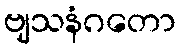
ဗျသနံဂတော